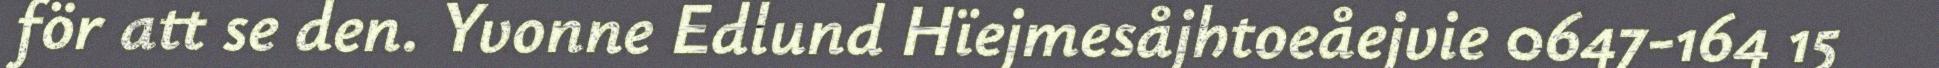
för att se den. Yvonne Edlund Hïejmesåjhtoeåejvie 0647-164 15